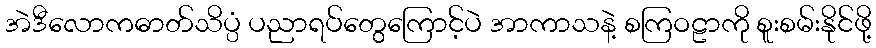
အဲဒီလောကဓာတ်သိပ္ပံ ပညာရပ်တွေကြောင့်ပဲ အာကာသနဲ့ စကြဝဠာကို စူးစမ်းနိုင်ဖို့